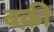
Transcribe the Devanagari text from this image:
बक़ी